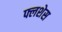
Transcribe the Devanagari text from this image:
फ्लशेस